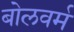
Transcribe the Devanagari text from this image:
बोलवर्म